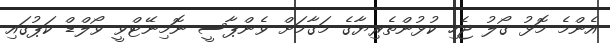
އެންމެ މޮޅު ގޯލު ޖެހި ކުޅުންތެރިޔާގެ މަގާމަށް ވެންޕާސީ ނޮމިނޭޓްވީ ވޯލްޑް ކަޕުގައި